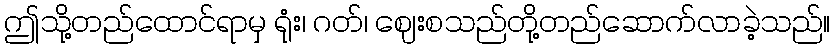
ဤသို့တည်ထောင်ရာမှ ရုံး၊ ဂတ်၊ ဈေးစသည်တို့တည်ဆောက်လာခဲ့သည်။